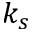
k _ { s }